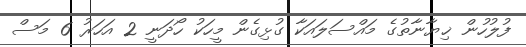
ފުލުހުން ޚިޔާނާތުގެ މައްސަލައަކާ ގުޅިގެން މީހަކު ހޯދަނީ 2 އަހަރު 6 މަސް